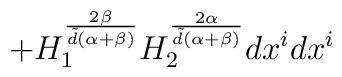
+H_{1}^{\frac{2\beta }{{\tilde d}(\alpha +\beta )}}H_{2}^{\frac{2\alpha }{{\tilde d}(\alpha +\beta )}}dx^{i}dx^{i}